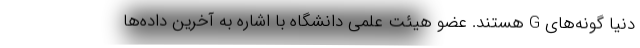
دنیا گونه‌های G هستند. عضو هیئت علمی دانشگاه با اشاره به آخرین داده‌ها